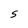
Character: S